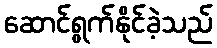
ဆောင်ရွက်နိုင်ခဲ့သည်